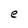
Character: e